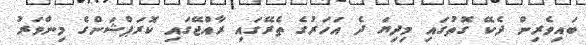
ބައިވެރިން ދެކޭ ގޮތުގައި މިދިޔަ ދެ އަހަރުގެ ތެރޭގައި ރާއްޖޭގައި ކޮރަޕްޝަންގެ މިންވަރު